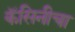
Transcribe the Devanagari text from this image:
कॅसिनीचा